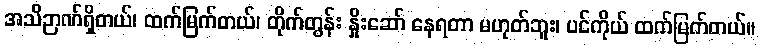
အသိဉာဏ်ရှိတယ်၊ ထက်မြက်တယ်၊ တိုက်တွန်း နှိုးဆော် နေရတာ မဟုတ်ဘူး၊ ပင်ကိုယ် ထက်မြက်တယ်။